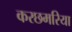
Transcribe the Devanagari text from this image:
करछमरिया